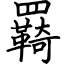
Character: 羇